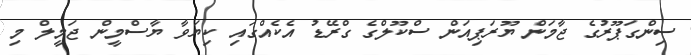
ސިންގަޕޫރުގެ ޖާމަން ޔޫރަޕިއަން ސްކޫލްގެ ގްރޭޑު އެކެއްގައި ކިޔަވާ ޔާސްމީން ޖަމީލް މި